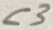
Text: C3